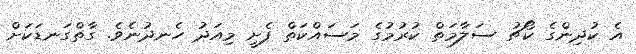
އެ ކުދިންގެ ކޯޗު ސަލާމަތް ކުރުމުގެ މަސައްކަތް ފެށީ މިއަދު ހެނދުނެވެ. ގާތްގަނޑަކަށް